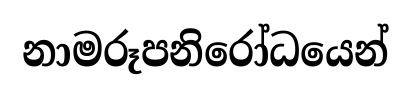
නාමරූපනිරෝධයෙන්